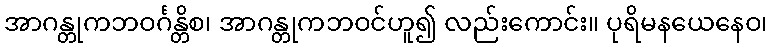
အာဂန္တုကဘဝင်္ဂန္တိစ၊ အာဂန္တုကဘဝင်ဟူ၍ လည်းကောင်း။ ပုရိမနယေနေဝ၊